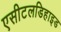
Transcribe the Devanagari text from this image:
एसीटलडिहाइड